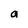
Character: a